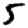
Digit: 5